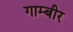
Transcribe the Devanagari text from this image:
गाम्बीर